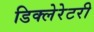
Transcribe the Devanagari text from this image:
डिक्लेरेटरी